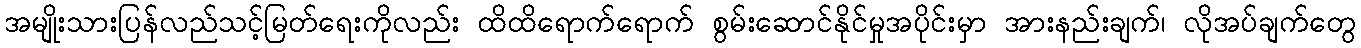
အမျိုးသားပြန်လည်သင့်မြတ်ရေးကိုလည်း ထိထိရောက်ရောက် စွမ်းဆောင်နိုင်မှုအပိုင်းမှာ အားနည်းချက်၊ လိုအပ်ချက်တွေ